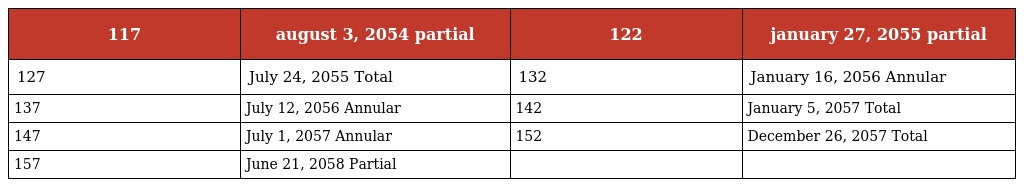
| 117 | august 3, 2054 partial | 122 | january 27, 2055 partial |
 | --- | --- | --- | --- |
 | 127 | July 24, 2055 Total | 132 | January 16, 2056 Annular |
 | 137 | July 12, 2056 Annular | 142 | January 5, 2057 Total |
 | 147 | July 1, 2057 Annular | 152 | December 26, 2057 Total |
 | 157 | June 21, 2058 Partial |  |  |